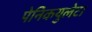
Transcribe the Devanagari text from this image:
पेनिकयुलेटा